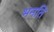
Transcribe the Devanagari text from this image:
भनति